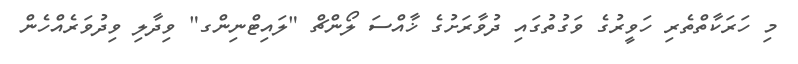
މި ހަރަކާތްތެރި ހަވީރުގެ ވަގުތުގައި ދުވާރަށުގެ ޚާއްސަ ލޯންޗް "ލައިޓްނިންގ" ވިދާލި ވިދުވަރެއްހެން